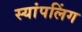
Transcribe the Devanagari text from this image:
स्यांपलिंग